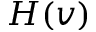
H ( v )